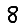
Digit: 8